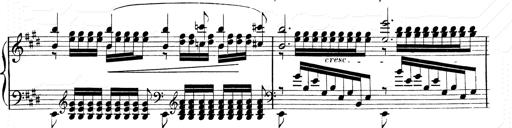
Title: 2 Transcriptions d'aprÃ¨s Rossini
Composer: Franz Liszt